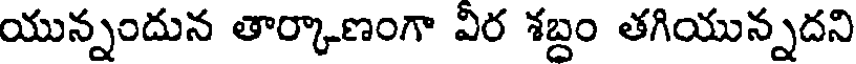
యున్నందున తార్కాణంగా వీర శబ్దం తగియున్నదని